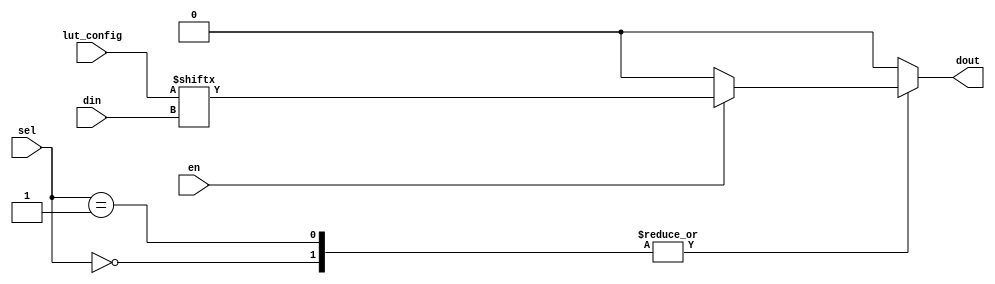
module CLB (
    input wire [3:0] din,               // 4-bit input
    input wire [1:0] sel,               // 2-bit select signal for MUX
    input wire en,                      // Enable signal
    input wire [15:0] lut_config,       // Configuration for LUT (16 possible functions)
    output wire dout                    // Output
);

// Logic Cell 1: 4-input LUT
wire [3:0] lut_out1;
assign lut_out1 = (en) ? lut_config[{din[3], din[2], din[1], din[0]}] : 1'b0;

// Logic Cell 2: 4-input LUT
wire [3:0] lut_out2;
assign lut_out2 = (en) ? lut_config[{din[3], din[2], din[1], din[0]}] : 1'b0;

// MUX to select between LUT outputs
reg dout_mux;
always @(*) begin
    case (sel)
        2'b00: dout_mux = lut_out1; // route output from LUT 1
        2'b01: dout_mux = lut_out2; // route output from LUT 2
        default: dout_mux = 1'b0;    // default case
    endcase
end

// Final output
assign dout = dout_mux;

endmodule